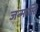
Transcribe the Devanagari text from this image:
जन्मास्ति